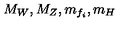
M _ { W } , M _ { Z } , m _ { f _ { i } } , m _ { H }